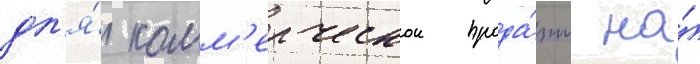
дл'я́ комм'ерческои прода́жи на́